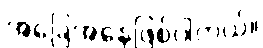
အခြေအနေဖြစ်ပါတယ်။